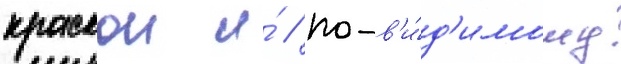
краскои и́ / по-в'и́д'имому